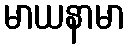
မာယနာမာ